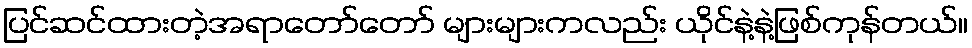
ပြင်ဆင်ထားတဲ့အရာတော်တော် များများကလည်း ယိုင်နဲ့နဲ့ဖြစ်ကုန်တယ်။